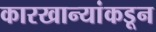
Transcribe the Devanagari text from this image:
कारखान्यांकडून